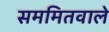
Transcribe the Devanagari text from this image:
सममितवाले